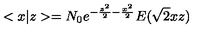
< x | z > = N _ { 0 } e ^ { - \frac { z ^ { 2 } } 2 - \frac { x ^ { 2 } } 2 } E ( \sqrt { 2 } x z )